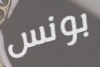
بونس